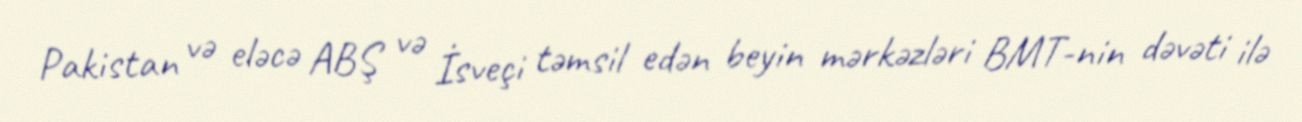
Pakistan və eləcə ABŞ və İsveçi təmsil edən beyin mərkəzləri BMT-nin dəvəti ilə